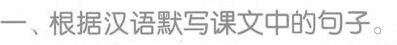
一、根据汉语默写课文中的句子。